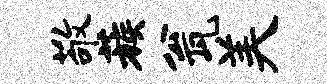
敬蔟瓮美